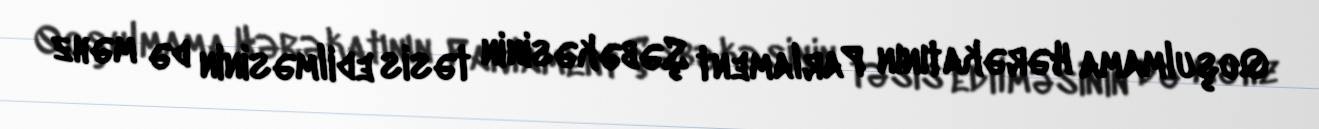
Qoşulmama Hərəkatının Parlament Şəbəkəsinin təsis edilməsinin də məhz